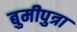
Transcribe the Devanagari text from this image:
बुमीपुत्रा